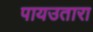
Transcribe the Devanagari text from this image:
पायउतारा